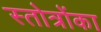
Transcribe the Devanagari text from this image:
स्तोत्रोंका